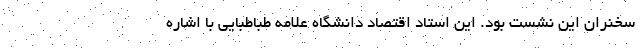
سخنران این نشست بود. این استاد اقتصاد دانشگاه علامه طباطبایی با اشاره